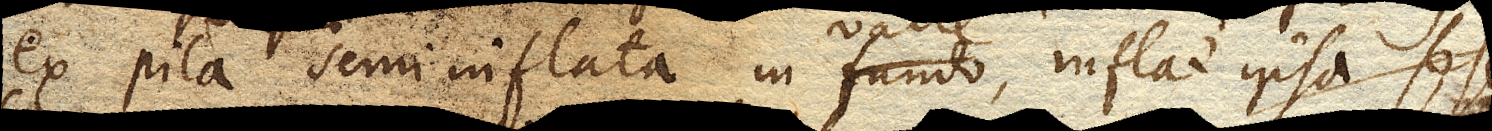
ex pila semiinflata in fundo, inflat ipsa sese